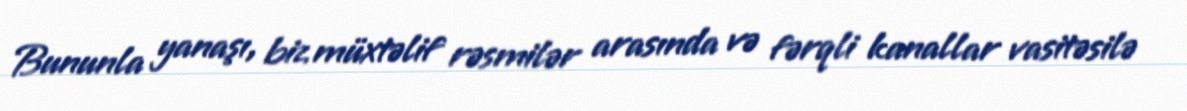
Bununla yanaşı, biz müxtəlif rəsmilər arasında və fərqli kanallar vasitəsilə